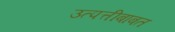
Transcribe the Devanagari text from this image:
उत्पत्तीबाबत